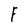
Character: F